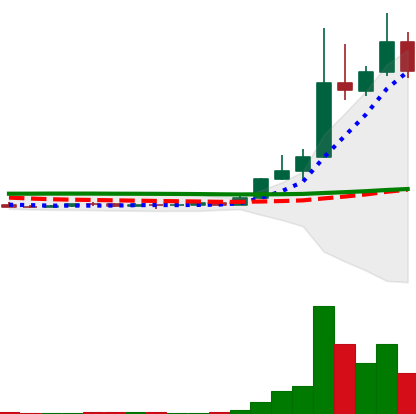
Ticker: DOGE-USD
Chart end date: 2022-11-02
Forward return: -12.932%
Label: down_7plus